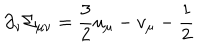
\partial _ { \nu } \Sigma _ { \mu \nu } = { \frac { 3 } { 2 } } u _ { \mu } - v _ { \mu } - { \frac { 1 } { 2 } }